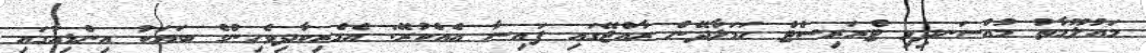
މައުލޫމާތު މުއްސަނދިވި ޓެރަރިސްޓް ހަމަލާދޭން ރާއްޖޭގައި ފައިސާ އެއްކުރޭ: އެމެރިކާދިވެހިންގެ ބަޔަކު އިންޑިއާގައި